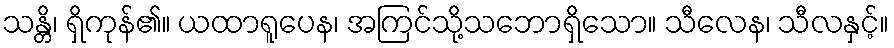
သန္တိ၊ ရှိကုန်၏။ ယထာရူပေန၊ အကြင်သို့သဘောရှိသော။ သီလေန၊ သီလနှင့်။